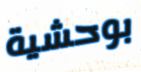
بوحشية